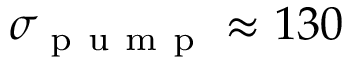
\sigma _ { \mathrm { ~ p ~ u ~ m ~ p ~ } } \approx 1 3 0